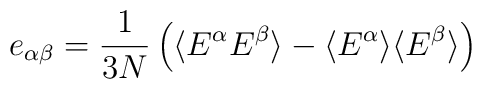
\protecte_{\alpha \beta} = {\frac{1}{3N}}\left(\langle E^{\alpha} E^{\beta}\rangle - \langle E^{\alpha} \rangle \langle E^{\beta} \rangle\right)